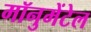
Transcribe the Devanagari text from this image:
मॉनुमेंटेल